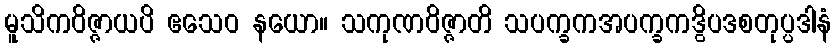
မူသိကဝိဇ္ဇာယပိ ဧသေဝ နယော။ သကုဏဝိဇ္ဇာတိ သပက္ခကအပက္ခကဒွိပဒစတုပ္ပဒါနံ